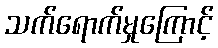
သက်ရောက်မှုကြောင့်